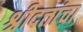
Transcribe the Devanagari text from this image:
श्रीदत्तांचा